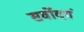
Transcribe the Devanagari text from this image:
सर्वोदयं